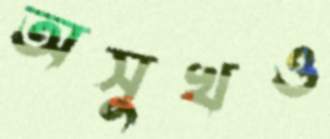
অসুখও